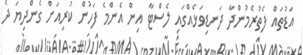
އަޑުތައް ފެތުރެމުންދާ ދަނޑިވަޅެއްގައި ލެސްޓާ އިން އެންމެ ފަހުން ކުރިއަށް ގެންދިޔަ ދެ